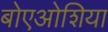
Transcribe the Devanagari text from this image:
बोएओशिया